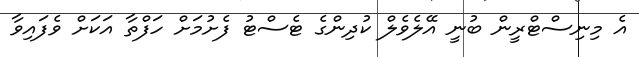
އެ މިނިސްޓްރީން ބުނީ އޭލެވެލް ކުދިންގެ ޓެސްޓު ފެށުމަށް ހަފްތާ އަކަށް ވެފައިވާ